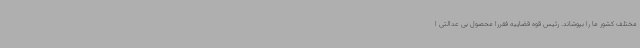
مختلف کشور ما را بپوشاند. رئیس قوه قضاییه فقررا محصول بی عدالتی ا